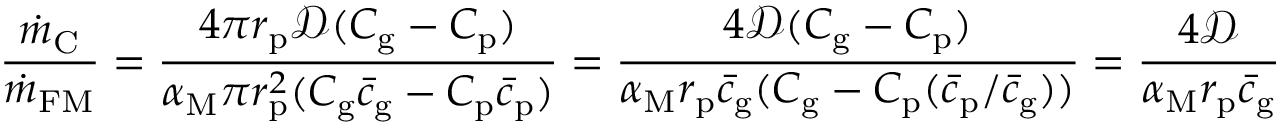
\frac { \dot { m } _ { \mathrm { C } } } { \dot { m } _ { \mathrm { F M } } } = \frac { 4 \pi r _ { \mathrm { p } } \mathcal { D } ( C _ { \mathrm { g } } - C _ { \mathrm { p } } ) } { \alpha _ { \mathrm { M } } \pi r _ { \mathrm { p } } ^ { 2 } ( C _ { \mathrm { g } } \bar { c } _ { \mathrm { g } } - C _ { \mathrm { p } } \bar { c } _ { \mathrm { p } } ) } = \frac { 4 \mathcal { D } ( C _ { \mathrm { g } } - C _ { \mathrm { p } } ) } { \alpha _ { \mathrm { M } } r _ { \mathrm { p } } \bar { c } _ { \mathrm { g } } ( C _ { \mathrm { g } } - C _ { \mathrm { p } } ( \bar { c } _ { \mathrm { p } } / \bar { c } _ { \mathrm { g } } ) ) } = \frac { 4 \mathcal { D } } { \alpha _ { \mathrm { M } } r _ { \mathrm { p } } \bar { c } _ { \mathrm { g } } }